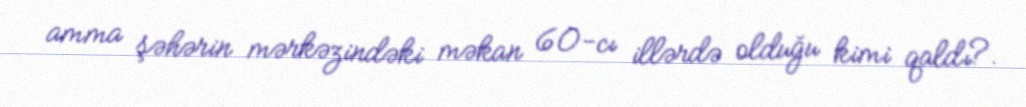
amma şəhərin mərkəzindəki məkan 60-cı illərdə olduğu kimi qaldı?.